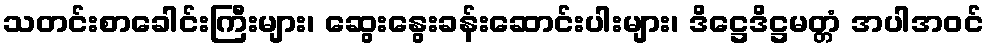
သတင်းစာခေါင်းကြီးများ၊ ဆွေးနွေးခန်းဆောင်းပါးများ၊ ဒိဋ္ဌေဒိဋ္ဌမတ္တံ အပါအဝင်